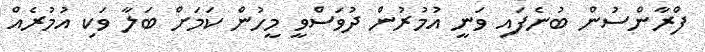
ފްރާންސުން ބުނެފައި ވަނީ އުމުރުން ދުވަސްވީ މީހުން ކަމަށް ބަލާ ވަކި އުމުރެއް